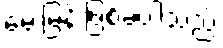
မေးမြန်းဖြစ်ခဲ့ပါသည်